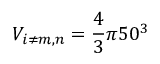
V _ { i \neq m , n } = \frac { 4 } { 3 } \pi 5 0 ^ { 3 }